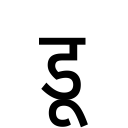
OCR:
डू